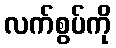
လက်စွပ်ကို